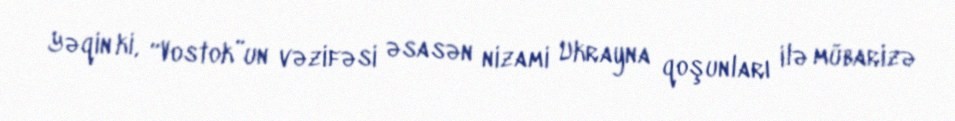
Yəqin ki, “Vostok”un vəzifəsi əsasən nizami Ukrayna qoşunları ilə mübarizə